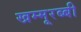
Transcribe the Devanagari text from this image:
खम्मूरब्बी